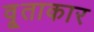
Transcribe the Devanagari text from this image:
वृ्ताकार